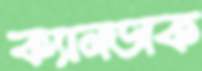
ক্যানডাক